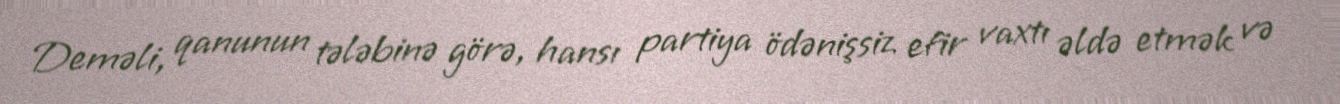
Deməli, qanunun tələbinə görə, hansı partiya ödənişsiz efir vaxtı əldə etmək və